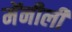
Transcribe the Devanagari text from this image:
मेंनीली